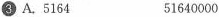
3 A.5164 51640000